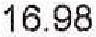
16.98